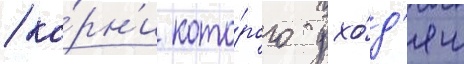
/ ко́рн'и кото́рого ухо́д'ят